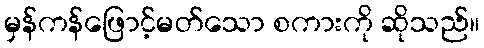
မှန်ကန်ဖြောင့်မတ်သော စကားကို ဆိုသည်။